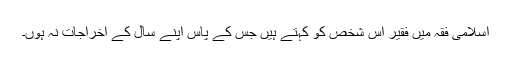
اسلامی فقہ میں فقیر اس شخص کو کہتے ہیں جس کے پاس اپنے سال کے اخراجات نہ ہوں۔